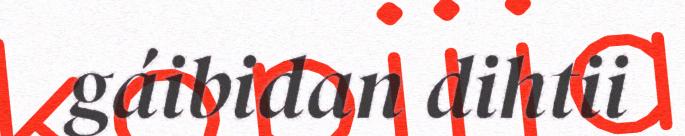
gáibidan dihtii